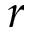
r